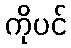
ကိုပင်